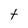
Character: t